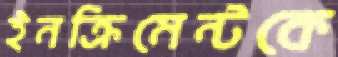
ইনক্রিমেন্টকে